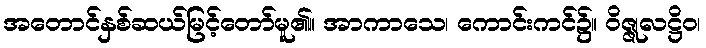
အတောင်နှစ်ဆယ်မြင့်တော်မူ၏။ အာကာသေ၊ ကောင်းကင်၌။ ဝိဇ္ဇုလဋ္ဌိဝ၊